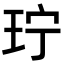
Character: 𬍜